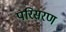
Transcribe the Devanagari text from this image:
परिसरण